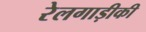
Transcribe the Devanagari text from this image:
रेलगाड़ीकी